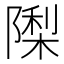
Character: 𮥟